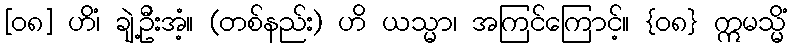
[၀၈] ဟိံ၊ ချဲ့ဦးအံ့။ (တစ်နည်း) ဟိ ယသ္မာ၊ အကြင်ကြောင့်။ {၀၈} ဣမသ္မိံ